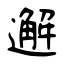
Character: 邂